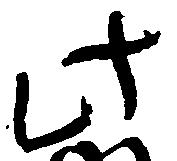
此